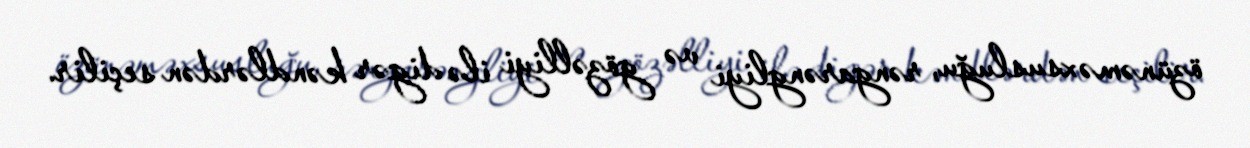
özünəməxsusluğu, rəngarəngliyi və gözəlliyi ilə digər kəndlərdən seçilir.